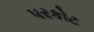
પરકોટ